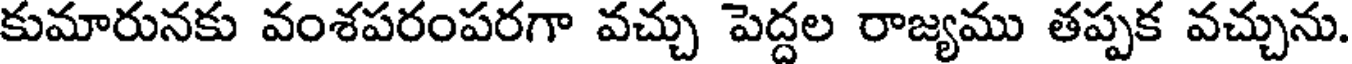
కుమారునకు వంశపరంపరగా వచ్చు పెద్దల రాజ్యము తప్పక వచ్చును.